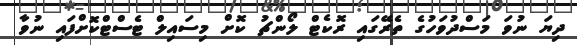
ދިޔަ ނުވަ މަސްދުވަހުގެ ތެރޭގައި ރޮކެޓް ލޯންޗު ކޮށް މިސައިލް ޓެސްޓްކޮށްފައި ނުވާ